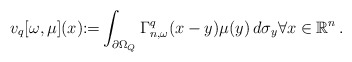
\begin{align*}v_q[\omega, \mu](x){:=} \int_{\partial {\Omega_Q}}\Gamma^q_{n,\omega}(x-y)\mu(y)\,d\sigma_y \forall x \in \mathbb{R}^n\,.\end{align*}